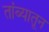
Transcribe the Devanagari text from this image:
तांब्यातून